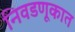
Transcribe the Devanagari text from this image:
निवडणूकात